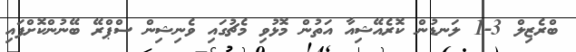
ބްރެޒިލް 3-1 ލަނޑުން ކޮރެއޭޝިއާ އަތުން މޮޅުވި މެޗުގައި ވެނިޝިން ސްޕްރޭ ބޭނުންކޮށްފައި